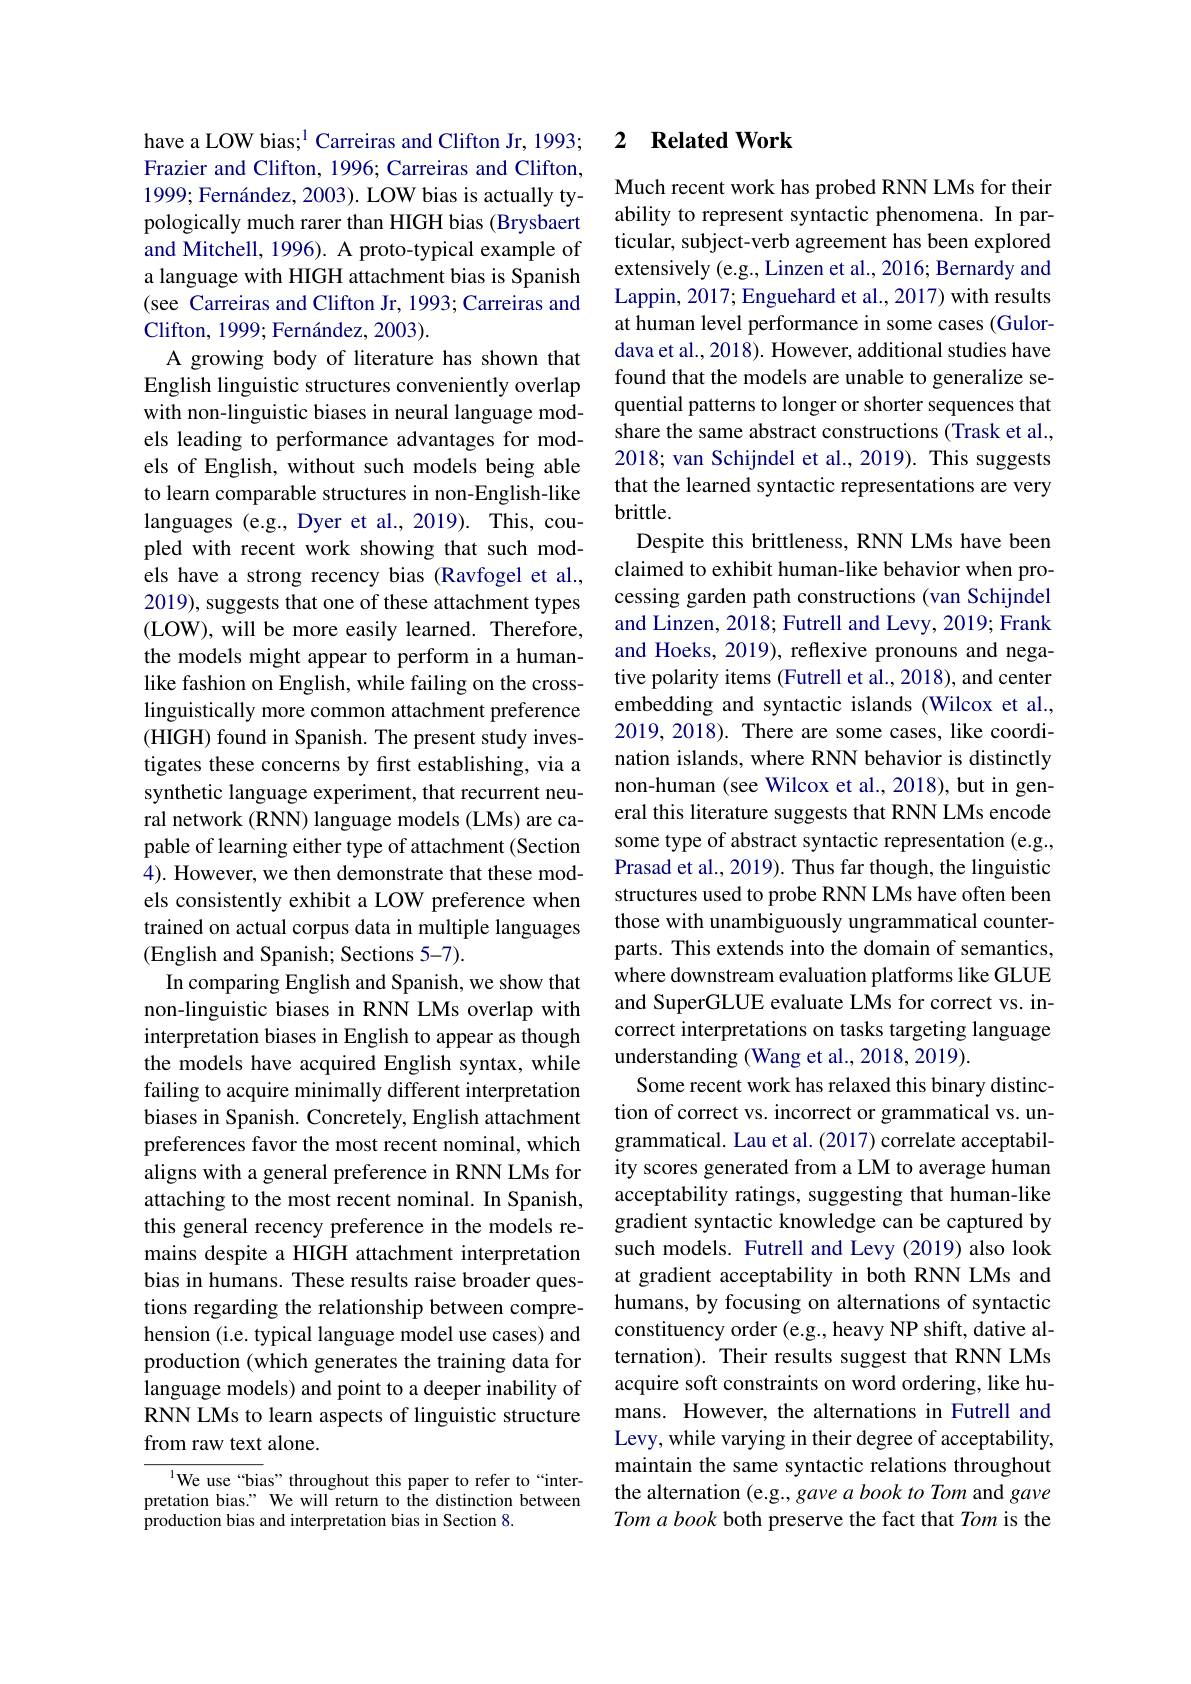
have a LOW bias;$^{1}$ Carreiras and Clifton Jr, 1993; Frazier and Clifton, 1996; Carreiras and Clifton, 1999; Fernández, 2003). LOW bias is actually typologically much rarer than HIGH bias (Brysbaert and Mitchell, 1996). A proto-typical example of a language with HIGH attachment bias is Spanish (see Carreiras and Clifton Jr, 1993; Carreiras and Clifton, 1999; Fernández, 2003).
A growing body of literature has shown that English linguistic structures conveniently overlap with non-linguistic biases in neural language models leading to performance advantages for models of English, without such models being able to learn comparable structures in non-English-like languages (e.g., Dyer et al., 2019). This, coupled with recent work showing that such models have a strong recency bias (Ravfogel et al., 2019), suggests that one of these attachment types (LOW) , will be more easily learned. Therefore, the models might appear to perform in a humanlike fashion on English, while failing on the crosslinguistically more common attachment preference $(\ddot{\mathrm{HIGH}})$ found in Spanish. The present study investigates these concerns by first establishing, via a synthetic language experiment, that recurrent neural network (RNN) language models (LMs) are capable of learning either type of attachment (Section 4). However, we then demonstrate that these models consistently exhibit a LOW preference when trained on actual corpus data in multiple languages (English and Spanish; Sections 5-7).
In comparing English and Spanish, we show that non-linguistic biases in RNN LMs overlap with interpretation biases in English to appear as though the models have acquired English syntax, while failing to acquire minimally different interpretation biases in Spanish. Concretely, English attachment preferences favor the most recent nominal, which aligns with a general preference in RNN LMs for attaching to the most recent nominal. In Spanish, this general recency preference in the models remains despite a HIGH attachment interpretation bias in humans. These results raise broader questions regarding the relationship between comprehension (i.e. typical language model use cases) and production (which generates the training data for language models) and point to a deeper inability of RNN LMs to learn aspects of linguistic structure from raw text alone.

$^{1}$We use“bias”throughout this paper to refer to“interpretation bias." We will return to the distinction between production bias and interpretation bias in Section 8.

### 2 $\textbf{Related Work}$

Much recent work has probed RNN LMs for their ability to represent syntactic phenomena. In particular, subject-verb agreement has been explored extensively (e.g., Linzen et al., 2016; Bernardy and Lappin, 2017; Enguehard et al., 2017) with results at human level performance in some cases (Gulordava et al., 2018). However, additional studies have found that the models are unable to generalize sequential patterns to longer or shorter sequences that share the same abstract constructions (Trask et al. 2018; van Schijndel et al., 2019). This suggests that the learned syntactic representations are very brittle.
Despite this brittleness, RNN LMs have been claimed to exhibit human-like behavior when processing garden path constructions (van Schijndel and Linzen, 2018; Futrell and Levy, 2019; Frank and Hoeks, 2019), reflexive pronouns and negative polarity items (Futrell et al., 2018), and center embedding and syntactic islands (Wilcox et al., 2019, 2018). There are some cases, like coordination islands, where RNN behavior is distinctly non-human (see Wilcox et al., 2018), but in general this literature suggests that RNN LMs encode some type of abstract syntactic representation (e.g., Prasad et al., 2019). Thus far though, the linguistic structures used to probe RNN LMs have often been those with unambiguously ungrammatical counterparts. This extends into the domain of semantics, where downstream evaluation platforms like GLUE and SuperGLUE evaluate LMs for correct vs. incorrect interpretations on tasks targeting language understanding (Wang et al., 2018, 2019).
Some recent work has relaxed this binary distinction of correct vs. incorrect or grammatical vs. ungrammatical. Lau et al. (2017) correlate acceptability scores generated from a LM to average human acceptability ratings, suggesting that human-like gradient syntactic knowledge can be captured by such models. Futrell and Levy (2019) also look at gradient acceptability in both RNN LMs and humans, by focusing on alternations of syntactic constituency order (e.g., heavy NP shift, dative alternation). Their results suggest that RNN LMs acquire soft constraints on word ordering, like humans. However, the alternations in Futrell and Levy, while varying in their degree of acceptability, maintain the same syntactic relations throughout the alternation (e.g., gave a book to Tom and gave Tom a book both preserve the fact that Tom is the